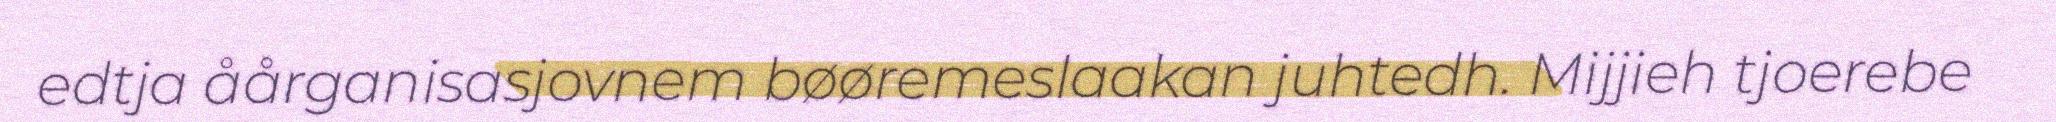
edtja åårganisasjovnem bøøremeslaakan juhtedh. Mijjieh tjoerebe